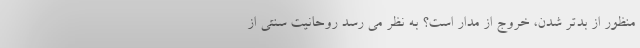
منظور از بدتر شدن، خروج از مدار است؟ به نظر می رسد روحانیت سنتی از